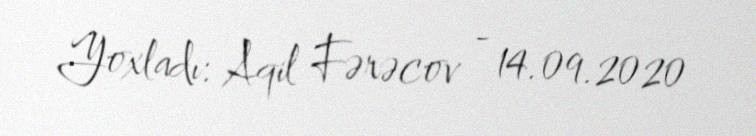
Yoxladı: Aqil Fərəcov - 14.09.2020